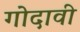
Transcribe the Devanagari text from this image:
गोदावी